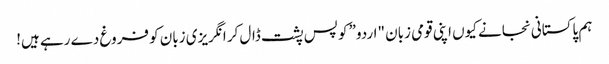
ہم پاکستانی نجانے کیوں اپنی قومی زبان "اردو” کو پس پشت ڈال کر انگریزی زبان کو فروغ دے رہے ہیں!